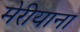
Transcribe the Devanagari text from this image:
मेरीयाना